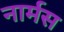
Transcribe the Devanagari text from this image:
नार्मस